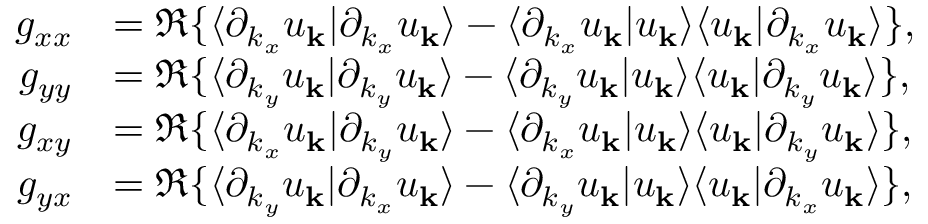
\begin{array} { r l } { g _ { x x } } & { = \Re \{ \langle \partial _ { k _ { x } } u _ { \mathbf { k } } | \partial _ { k _ { x } } u _ { \mathbf { k } } \rangle - \langle \partial _ { k _ { x } } u _ { \mathbf { k } } | u _ { \mathbf { k } } \rangle \langle u _ { \mathbf { k } } | \partial _ { k _ { x } } u _ { \mathbf { k } } \rangle \} , } \\ { g _ { y y } } & { = \Re \{ \langle \partial _ { k _ { y } } u _ { \mathbf { k } } | \partial _ { k _ { y } } u _ { \mathbf { k } } \rangle - \langle \partial _ { k _ { y } } u _ { \mathbf { k } } | u _ { \mathbf { k } } \rangle \langle u _ { \mathbf { k } } | \partial _ { k _ { y } } u _ { \mathbf { k } } \rangle \} , } \\ { g _ { x y } } & { = \Re \{ \langle \partial _ { k _ { x } } u _ { \mathbf { k } } | \partial _ { k _ { y } } u _ { \mathbf { k } } \rangle - \langle \partial _ { k _ { x } } u _ { \mathbf { k } } | u _ { \mathbf { k } } \rangle \langle u _ { \mathbf { k } } | \partial _ { k _ { y } } u _ { \mathbf { k } } \rangle \} , } \\ { g _ { y x } } & { = \Re \{ \langle \partial _ { k _ { y } } u _ { \mathbf { k } } | \partial _ { k _ { x } } u _ { \mathbf { k } } \rangle - \langle \partial _ { k _ { y } } u _ { \mathbf { k } } | u _ { \mathbf { k } } \rangle \langle u _ { \mathbf { k } } | \partial _ { k _ { x } } u _ { \mathbf { k } } \rangle \} , } \end{array}